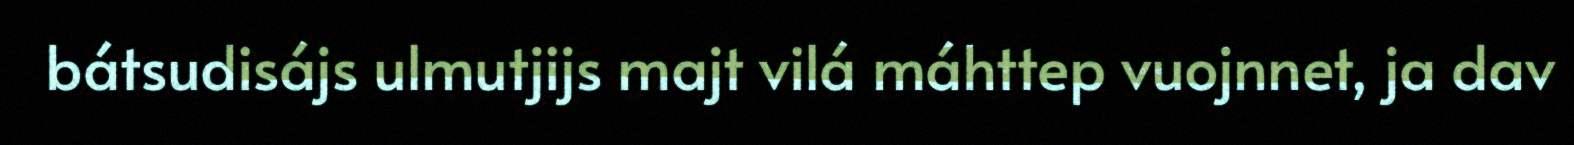
bátsudisájs ulmutjijs majt vilá máhttep vuojnnet, ja dav